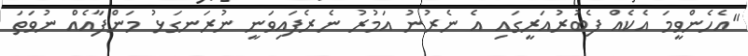
"އެހެންވީމަ އެކެއް ފެބުރުއަރީގައި އެ ނެރުނު އަމުރު ނެރެފައިވަނީ ނުރަނގަޅު މަންފާއެއް ނުވަތަ